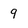
Character: 9